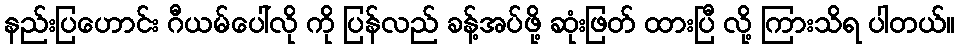
နည်းပြဟောင်း ဂီယမ်ပေါ်လို ကို ပြန်လည် ခန့်အပ်ဖို့ ဆုံးဖြတ် ထားပြီ လို့ ကြားသိရ ပါတယ်။